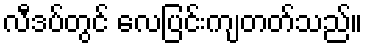
လီဒပ်တွင် လေပြင်းကျတတ်သည်။